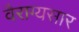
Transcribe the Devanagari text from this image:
वैराग्यसार